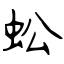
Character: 蚣